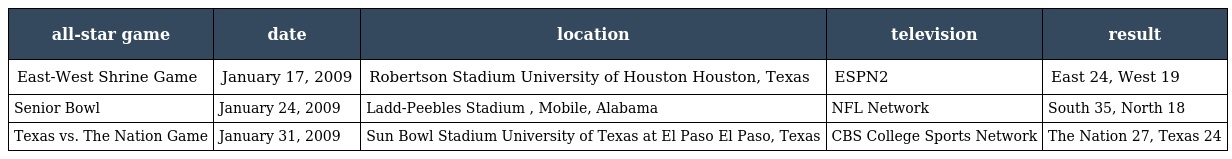
| all-star game | date | location | television | result |
 | --- | --- | --- | --- | --- |
 | East-West Shrine Game | January 17, 2009 | Robertson Stadium University of Houston Houston, Texas | ESPN2 | East 24, West 19 |
 | Senior Bowl | January 24, 2009 | Ladd-Peebles Stadium , Mobile, Alabama | NFL Network | South 35, North 18 |
 | Texas vs. The Nation Game | January 31, 2009 | Sun Bowl Stadium University of Texas at El Paso El Paso, Texas | CBS College Sports Network | The Nation 27, Texas 24 |